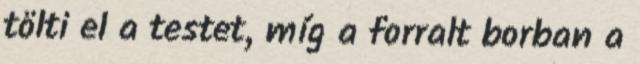
tölti el a testet, míg a forralt borban a